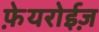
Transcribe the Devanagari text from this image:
फ़ेयरोईज़